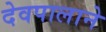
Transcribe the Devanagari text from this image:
देवपालाने